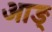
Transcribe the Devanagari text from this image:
आङ्‌